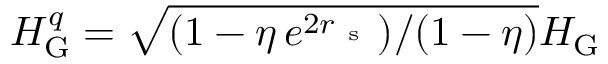
H _ { \mathrm { G } } ^ { q } = \sqrt { ( 1 - \eta \, e ^ { 2 r _ { \mathrm { ~ s ~ } } } ) / ( 1 - \eta ) } H _ { \mathrm { G } }